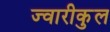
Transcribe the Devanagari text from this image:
ज्वारीकुल